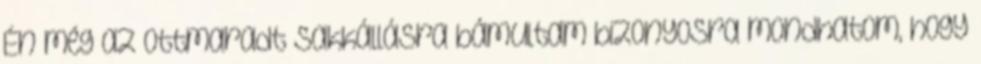
Én még az ottmaradt sakkállásra bámultam bizonyosra mondhatom, hogy